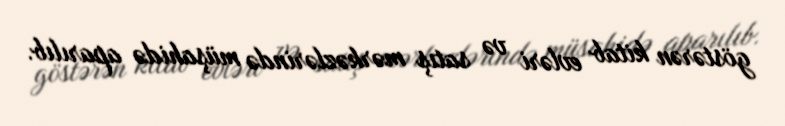
göstərən kitab evləri və satış mərkəzlərində müşahidə aparılıb.